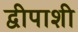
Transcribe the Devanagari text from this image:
द्वीपाशी